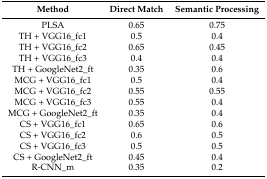
<table><thead><tr><td><b>Method</b></td><td><b>Direct Match</b></td><td><b>Semantic Processing</b></td></tr></thead><tbody><tr><td>PLSA</td><td>0.65</td><td>0.75</td></tr><tr><td>TH + VGG16_fc1</td><td>0.5</td><td>0.4</td></tr><tr><td>TH + VGG16_fc2</td><td>0.65</td><td>0.45</td></tr><tr><td>TH + VGG16_fc3</td><td>0.4</td><td>0.4</td></tr><tr><td>TH + GoogleNet2_ft</td><td>0.35</td><td>0.6</td></tr><tr><td>MCG + VGG16_fc1</td><td>0.5</td><td>0.4</td></tr><tr><td>MCG + VGG16_fc2</td><td>0.55</td><td>0.55</td></tr><tr><td>MCG + VGG16_fc3</td><td>0.55</td><td>0.4</td></tr><tr><td>MCG + GoogleNet2_ft</td><td>0.35</td><td>0.4</td></tr><tr><td>CS + VGG16_fc1</td><td>0.65</td><td>0.6</td></tr><tr><td>CS + VGG16_fc2</td><td>0.6</td><td>0.5</td></tr><tr><td>CS + VGG16_fc3</td><td>0.5</td><td>0.5</td></tr><tr><td>CS + GoogleNet2_ft</td><td>0.45</td><td>0.4</td></tr><tr><td>R-CNN_m</td><td>0.35</td><td>0.2</td></tr></tbody></table>